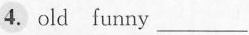
4. old funny ___